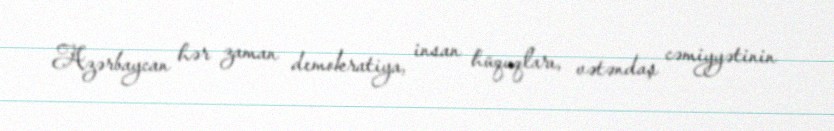
Azərbaycan hər zaman demokratiya, insan hüquqları, vətəndaş cəmiyyətinin